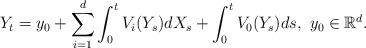
LaTeX: \begin{align*}Y_t=y_0+\sum_{i=1}^{d}\int_{0}^{t}V_i(Y_s)dX_s+\int_{0}^{t}V_0(Y_s)ds,\ y_0\in\mathbb{R}^d.\end{align*}